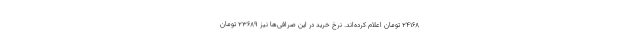
۲۴۱۶۸ تومان اعلام کرده‌اند. نرخ خرید در این صرافی‌ها نیز ۲۳۶۸۹ تومان